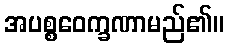
အပစ္စဝေက္ခဏာမည်၏။